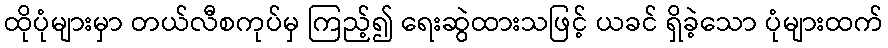
ထိုပုံများမှာ တယ်လီစကုပ်မှ ကြည့်၍ ရေးဆွဲထားသဖြင့် ယခင် ရှိခဲ့သော ပုံများထက်